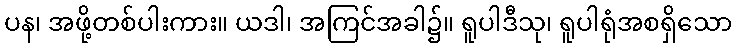
ပန၊ အဖို့တစ်ပါးကား။ ယဒါ၊ အကြင်အခါ၌။ ရူပါဒီသု၊ ရူပါရုံအစရှိသော